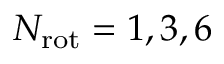
N _ { \mathrm { r o t } } = 1 , 3 , 6